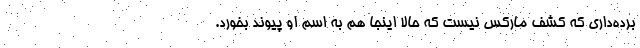
برده‌داری که کشف مارکس نیست که حالا اینجا هم به اسم او پیوند بخورد.